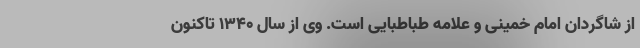
از شاگردان امام خمینی و علامه طباطبایی است. وی از سال ۱۳۴۰ تاکنون